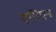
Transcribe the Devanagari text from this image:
एविएन